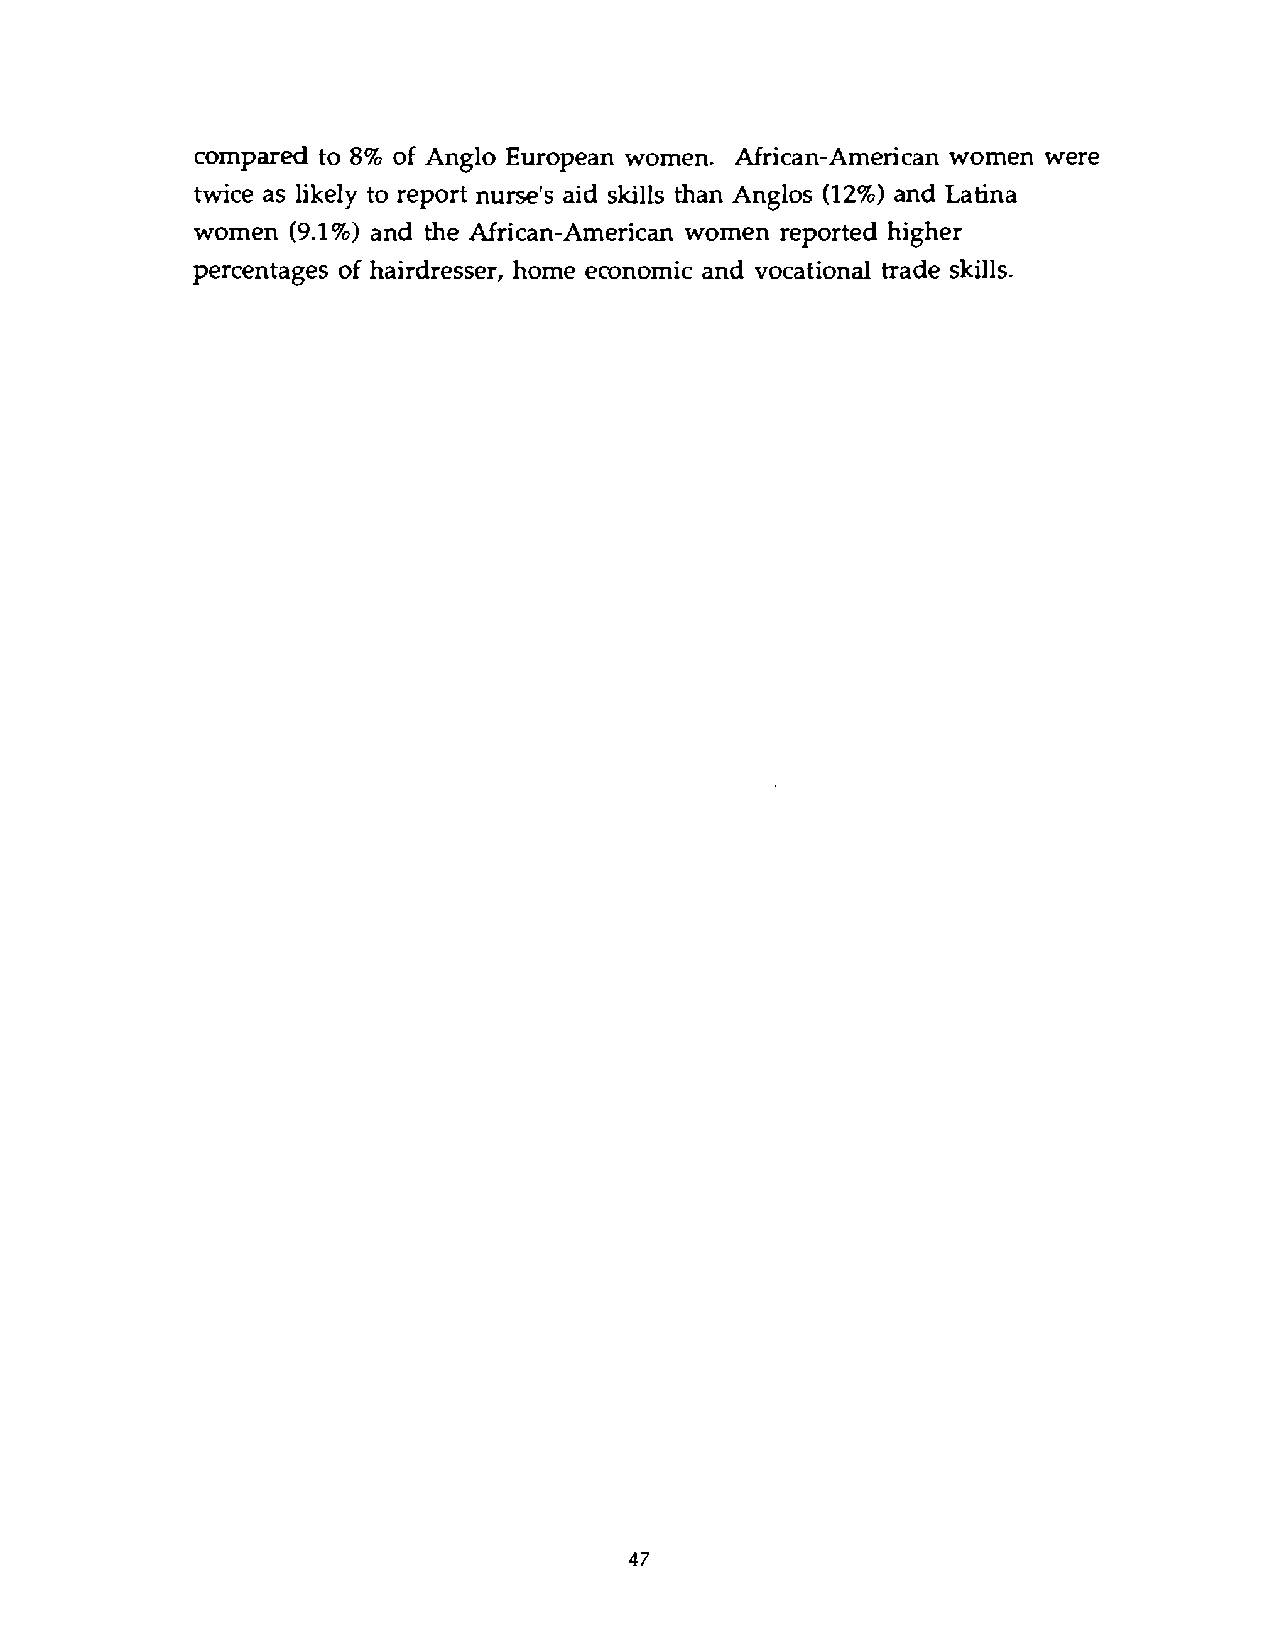
compared to 8% of Anglo European women. African-American women were
 twice as likely to report nurse's aid skills than Anglos (12%)a nd Latina
 women (9.1%)a nd the African-American women reported higher
 percentages of hairdresser, home economic and vocational trade skills.